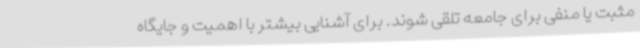
مثبت یا منفی برای جامعه تلقی شوند. برای آشنایی بیشتر با اهمیت و جایگاه